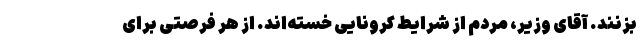
بزنند. آقای وزیر، مردم از شرایط کرونایی خسته‌اند. از هر فرصتی برای